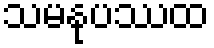
သမနုပဿထ